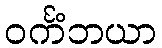
ဝင်္ကံဘယာ